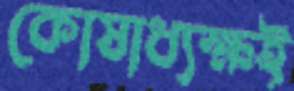
কোষাধ্যক্ষই